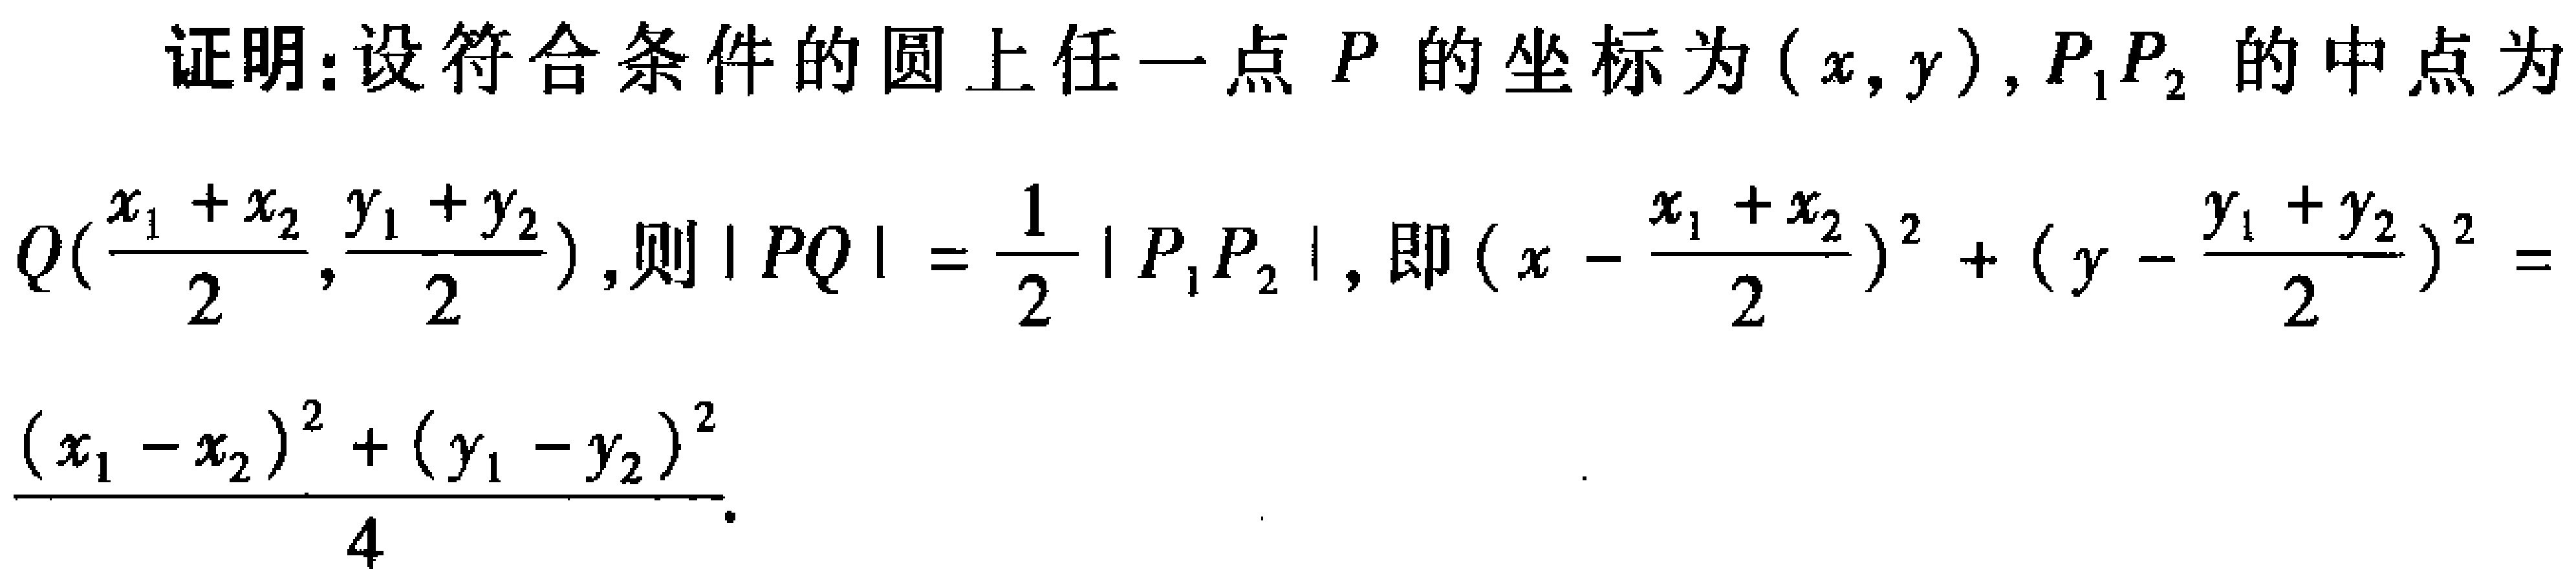
证明：设符合条件的圆上任一点 \(P\) 的坐标为 \((x,y)\)，\(P_1P_2\) 的中点为 \(Q(\frac{x_1 + x_2}{2},\frac{y_1 + y_2}{2})\)，则 \(|PQ|=\frac{1}{2}|P_1P_2|\)，即 \((x - \frac{x_1 + x_2}{2})^2+(y - \frac{y_1 + y_2}{2})^2=\frac{(x_1 - x_2)^2+(y_1 - y_2)^2}{4}\)。